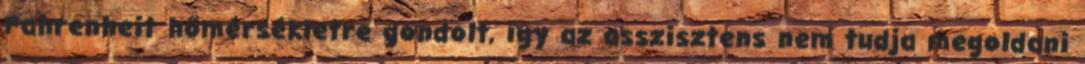
Fahrenheit hőmérsékletre gondolt, így az asszisztens nem tudja megoldani